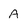
Character: A